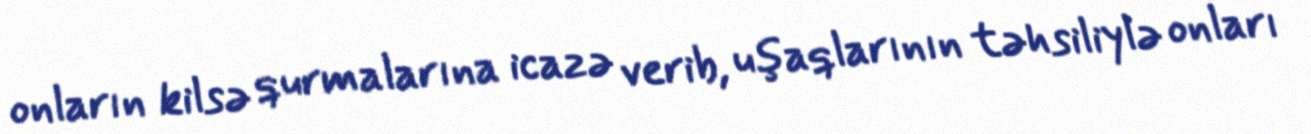
onların kilsə qurmalarına icazə verib, uşaqlarının təhsiliylə onları